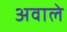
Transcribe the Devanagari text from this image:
अवाले